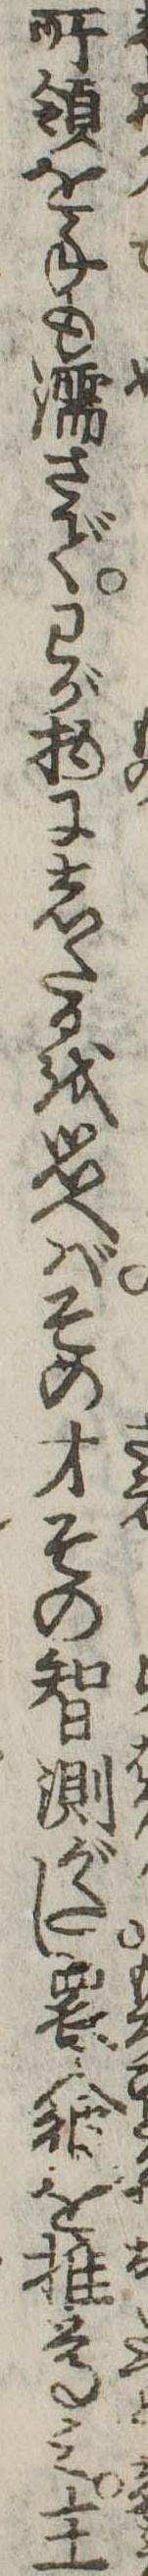
所領を手も濡さでわが物にしたるを思へばその才その智測がたし衆人彼を推尊み主